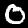
Label: 0